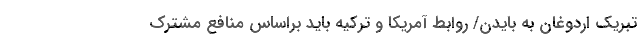
تبریک اردوغان به بایدن/ روابط آمریکا و ترکیه باید براساس منافع مشترک